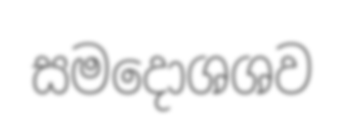
සමදොශශව